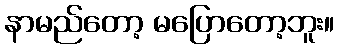
နာမည်တော့ မပြောတော့ဘူး။